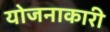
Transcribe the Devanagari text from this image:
योजनाकारी